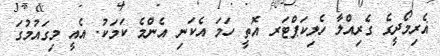
ޣެރިމޯދީގެ ގެރިއްލާ ހެލިކަޕްޓަރ އޮތީ ހަމަ އެކަނި އެންމެ ކަމަކު. އެއީ މިގައުމުގަ